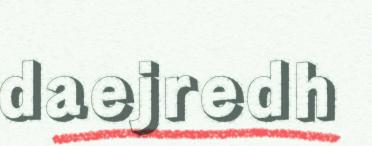
daejredh